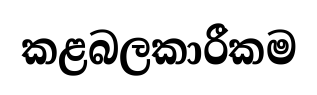
කළබලකාරීකම